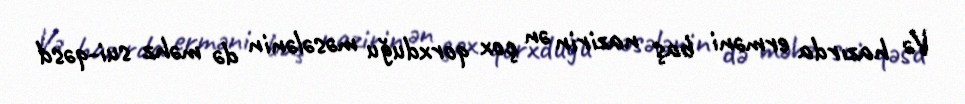
Və hazırda erməni baş nazirin ən çox qorxduğu məsələnin də məhz sui-qəsd